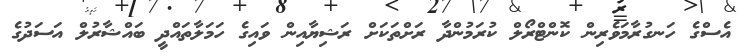
އެސްގެ ހަނގުރާމަވެރިން ކޮންޓްރޯލް ކުރަމުންދާ ރަށްތަކަށް ރަޝިޔާއިން ވައިގެ ހަމަލާތައްދީ ބައްޝާރުލް އަސަދުގެ